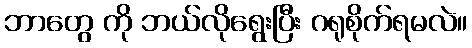
ဘာတွေ ကို ဘယ်လိုရွေးပြီး ဂရုစိုက်ရမလဲ။